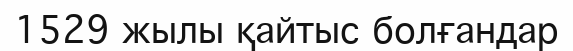
1529 жылы қайтыс болғандар